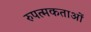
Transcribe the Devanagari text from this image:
रुपत्मकताओं